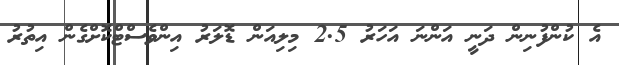
އެ ކުންފުނިން ދަނީ އަންނަ އަހަރު 2.5 މިލިއަން ޑޮލަރު އިންވެސްޓްކޮށްގެން އިތުރު